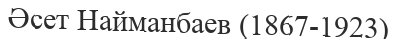
Әсет Найманбаев (1867-1923)